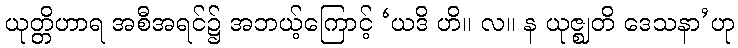
ယုတ္တိဟာရ အစီအရင်၌ အဘယ့်ကြောင့် ‘ယဒိ ဟိ။ လ။ န ယုဇ္ဈတိ ဒေသနာ’ဟု